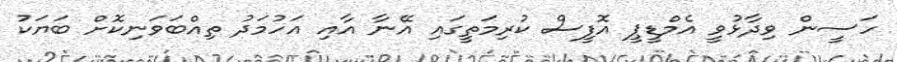
ހަސީން ވިދާޅުވީ އެމްޑީޕީ އޮފީސް ކުރިމަތީގައި އޭނާ އާއި އަހުމަދު ތިއްބަވަނިކޮށް ބަޔަކު